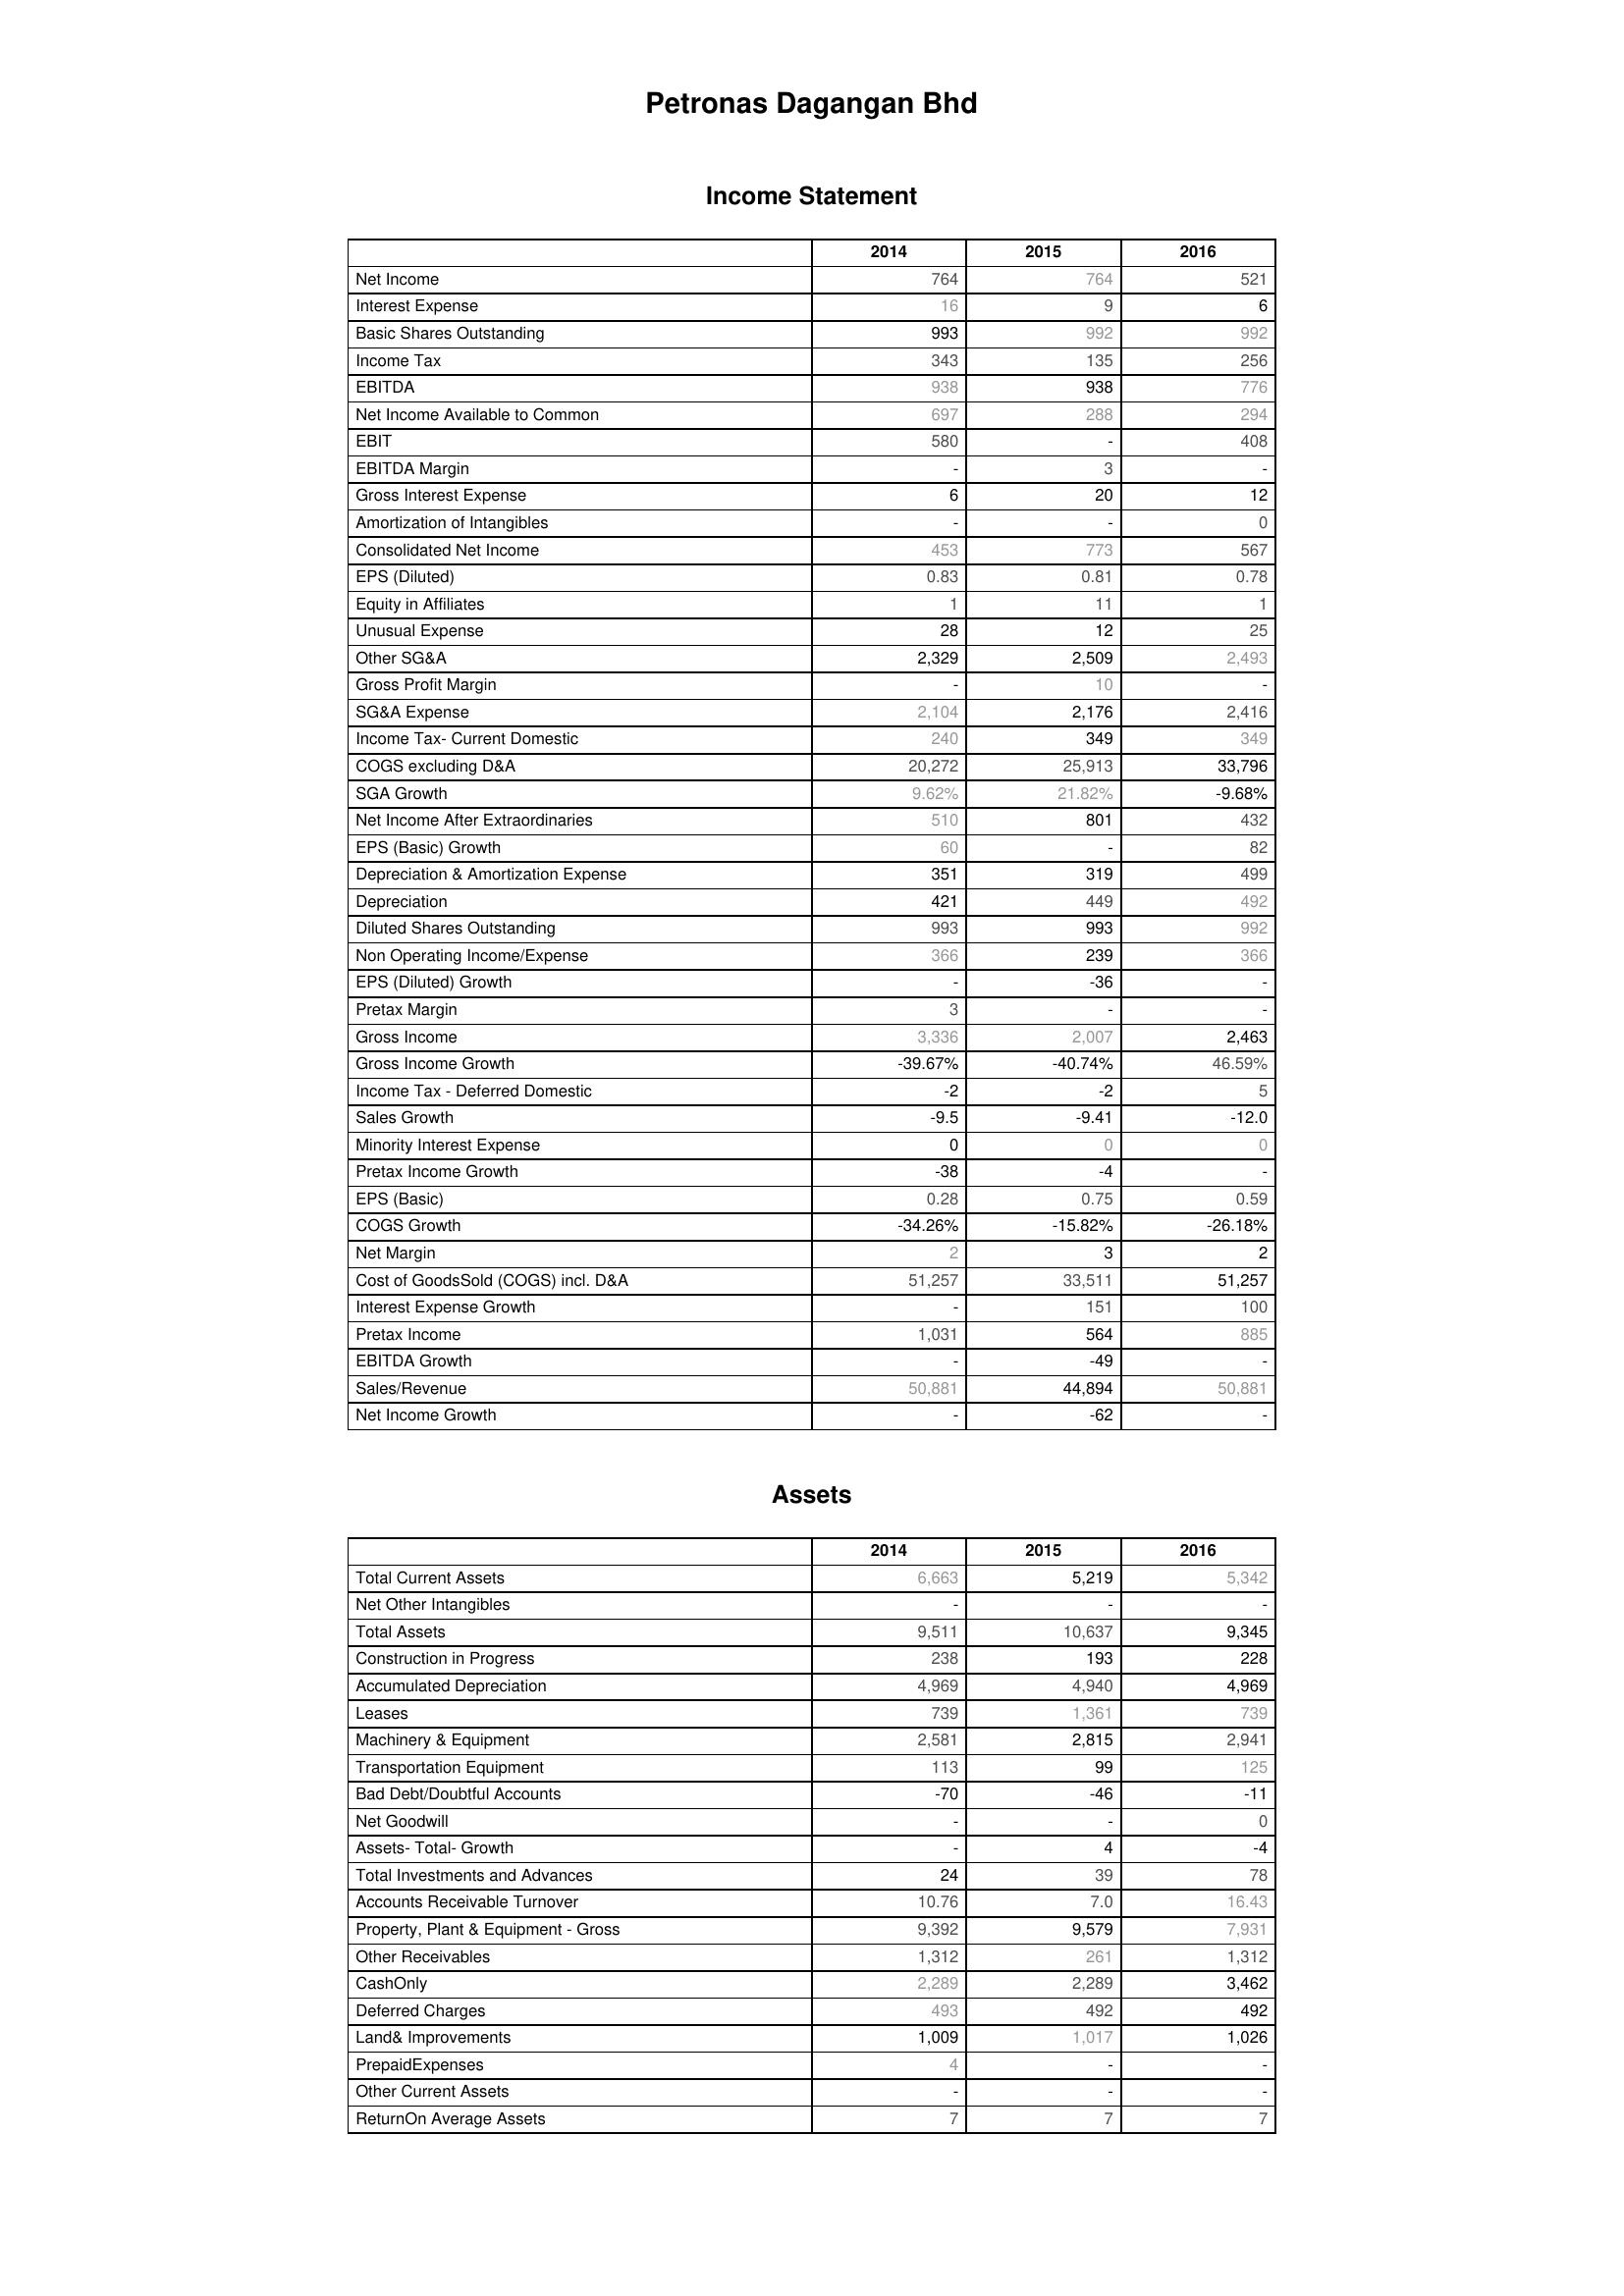
2014: Income Statement: Net Income: 764
Interest Expense: 16
Basic Shares Outstanding: 993
Income Tax: 343
EBITDA: 938
Net Income Available to Common: 697
EBIT: 580
EBITDA Margin: -
Gross Interest Expense: 6
Amortization of Intangibles: -
Consolidated Net Income: 453
EPS (Diluted): 0.83
Equity in Affiliates: 1
Unusual Expense: 28
Other SG&A: 2,329
Gross Profit Margin: -
SG&A Expense: 2,104
Income Tax- Current Domestic: 240
COGS excluding D&A: 20,272
SGA Growth: 9.62%
Net Income After Extraordinaries: 510
EPS (Basic) Growth: 60
Depreciation & Amortization Expense: 351
Depreciation: 421
Diluted Shares Outstanding: 993
Non Operating Income/Expense: 366
EPS (Diluted) Growth: -
Pretax Margin: 3
Gross Income: 3,336
Gross Income Growth: -39.67%
Income Tax - Deferred Domestic: -2
Sales Growth: -9.5
Minority Interest Expense: 0
Pretax Income Growth: -38
EPS (Basic): 0.28
COGS Growth: -34.26%
Net Margin: 2
Cost of GoodsSold (COGS) incl. D&A: 51,257
Interest Expense Growth: -
Pretax Income: 1,031
EBITDA Growth: -
Sales/Revenue: 50,881
Net Income Growth: -
Assets: Total Current Assets: 6,663
Net Other Intangibles: -
Total Assets: 9,511
Construction in Progress: 238
Accumulated Depreciation: 4,969
Leases: 739
Machinery & Equipment: 2,581
Transportation Equipment: 113
Bad Debt/Doubtful Accounts: -70
Net Goodwill: -
Assets- Total- Growth: -
Total Investments and Advances: 24
Accounts Receivable Turnover: 10.76
Property, Plant & Equipment - Gross : 9,392
Other Receivables: 1,312
CashOnly: 2,289
Deferred Charges: 493
Land& Improvements: 1,009
PrepaidExpenses: 4
Other Current Assets: -
ReturnOn Average Assets: 7
2015: Income Statement: Net Income: 764
Interest Expense: 9
Basic Shares Outstanding: 992
Income Tax: 135
EBITDA: 938
Net Income Available to Common: 288
EBIT: -
EBITDA Margin: 3
Gross Interest Expense: 20
Amortization of Intangibles: -
Consolidated Net Income: 773
EPS (Diluted): 0.81
Equity in Affiliates: 11
Unusual Expense: 12
Other SG&A: 2,509
Gross Profit Margin: 10
SG&A Expense: 2,176
Income Tax- Current Domestic: 349
COGS excluding D&A: 25,913
SGA Growth: 21.82%
Net Income After Extraordinaries: 801
EPS (Basic) Growth: -
Depreciation & Amortization Expense: 319
Depreciation: 449
Diluted Shares Outstanding: 993
Non Operating Income/Expense: 239
EPS (Diluted) Growth: -36
Pretax Margin: -
Gross Income: 2,007
Gross Income Growth: -40.74%
Income Tax - Deferred Domestic: -2
Sales Growth: -9.41
Minority Interest Expense: 0
Pretax Income Growth: -4
EPS (Basic): 0.75
COGS Growth: -15.82%
Net Margin: 3
Cost of GoodsSold (COGS) incl. D&A: 33,511
Interest Expense Growth: 151
Pretax Income: 564
EBITDA Growth: -49
Sales/Revenue: 44,894
Net Income Growth: -62
Assets: Total Current Assets: 5,219
Net Other Intangibles: -
Total Assets: 10,637
Construction in Progress: 193
Accumulated Depreciation: 4,940
Leases: 1,361
Machinery & Equipment: 2,815
Transportation Equipment: 99
Bad Debt/Doubtful Accounts: -46
Net Goodwill: -
Assets- Total- Growth: 4
Total Investments and Advances: 39
Accounts Receivable Turnover: 7.0
Property, Plant & Equipment - Gross : 9,579
Other Receivables: 261
CashOnly: 2,289
Deferred Charges: 492
Land& Improvements: 1,017
PrepaidExpenses: -
Other Current Assets: -
ReturnOn Average Assets: 7
2016: Income Statement: Net Income: 521
Interest Expense: 6
Basic Shares Outstanding: 992
Income Tax: 256
EBITDA: 776
Net Income Available to Common: 294
EBIT: 408
EBITDA Margin: -
Gross Interest Expense: 12
Amortization of Intangibles: 0
Consolidated Net Income: 567
EPS (Diluted): 0.78
Equity in Affiliates: 1
Unusual Expense: 25
Other SG&A: 2,493
Gross Profit Margin: -
SG&A Expense: 2,416
Income Tax- Current Domestic: 349
COGS excluding D&A: 33,796
SGA Growth: -9.68%
Net Income After Extraordinaries: 432
EPS (Basic) Growth: 82
Depreciation & Amortization Expense: 499
Depreciation: 492
Diluted Shares Outstanding: 992
Non Operating Income/Expense: 366
EPS (Diluted) Growth: -
Pretax Margin: -
Gross Income: 2,463
Gross Income Growth: 46.59%
Income Tax - Deferred Domestic: 5
Sales Growth: -12.0
Minority Interest Expense: 0
Pretax Income Growth: -
EPS (Basic): 0.59
COGS Growth: -26.18%
Net Margin: 2
Cost of GoodsSold (COGS) incl. D&A: 51,257
Interest Expense Growth: 100
Pretax Income: 885
EBITDA Growth: -
Sales/Revenue: 50,881
Net Income Growth: -
Assets: Total Current Assets: 5,342
Net Other Intangibles: -
Total Assets: 9,345
Construction in Progress: 228
Accumulated Depreciation: 4,969
Leases: 739
Machinery & Equipment: 2,941
Transportation Equipment: 125
Bad Debt/Doubtful Accounts: -11
Net Goodwill: 0
Assets- Total- Growth: -4
Total Investments and Advances: 78
Accounts Receivable Turnover: 16.43
Property, Plant & Equipment - Gross : 7,931
Other Receivables: 1,312
CashOnly: 3,462
Deferred Charges: 492
Land& Improvements: 1,026
PrepaidExpenses: -
Other Current Assets: -
ReturnOn Average Assets: 7